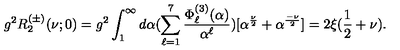
g ^ { 2 } R _ { 2 } ^ { ( \pm ) } ( \nu ; 0 ) = g ^ { 2 } \int _ { 1 } ^ { \infty } d \alpha ( \sum _ { \ell = 1 } ^ { 7 } \frac { \Phi _ { \ell } ^ { ( 3 ) } ( \alpha ) } { \alpha ^ { \ell } } ) [ \alpha ^ { \frac { \nu } { 2 } } + \alpha ^ { \frac { - \nu } { 2 } } ] = 2 \xi ( \frac { 1 } { 2 } + \nu ) .